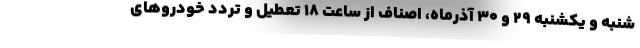
شنبه و یکشنبه ۲۹ و ۳۰ آذرماه، اصناف از ساعت ۱۸ تعطیل و تردد خودروهای